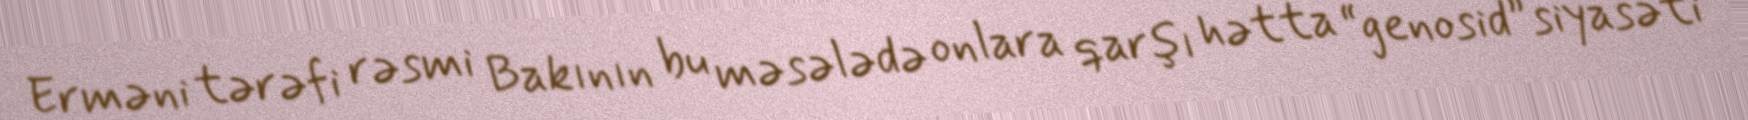
Erməni tərəfi rəsmi Bakının bu məsələdə onlara qarşı hətta “genosid” siyasəti